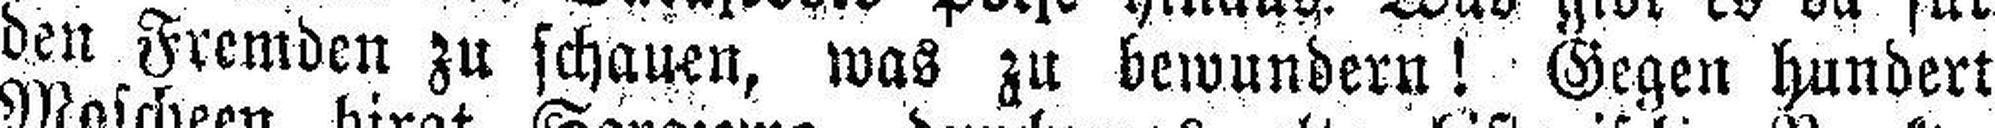
den Fremden zu schauen, was zu bewundern! Gegen hundert